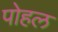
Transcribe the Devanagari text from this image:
पोहल